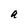
Character: a